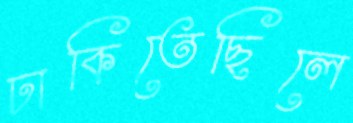
ঢাকিতেছিলে